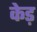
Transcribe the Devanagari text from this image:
केड़